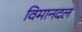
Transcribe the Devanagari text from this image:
विमानदल